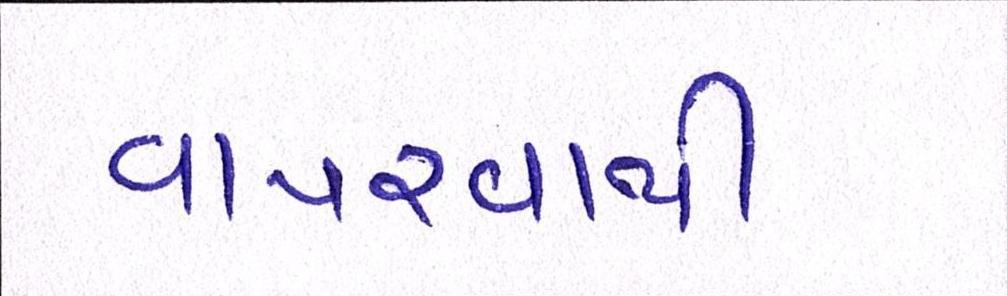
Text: વાપરવાથી